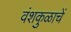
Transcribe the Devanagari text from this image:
वंशकुळाचें